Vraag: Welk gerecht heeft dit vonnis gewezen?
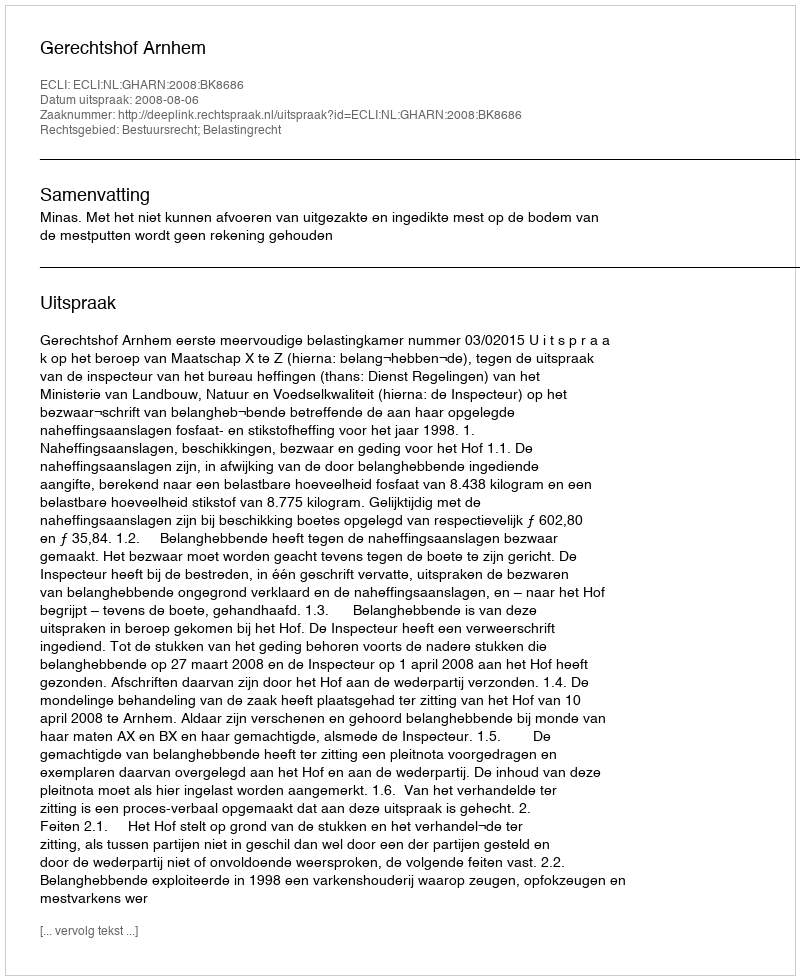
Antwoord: Gerechtshof Arnhem